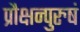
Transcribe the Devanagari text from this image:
प्रौक्षन्पुरुषं